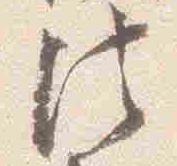
法